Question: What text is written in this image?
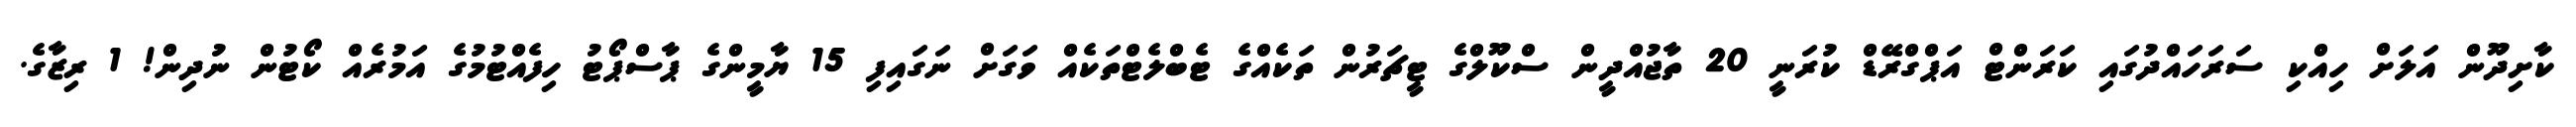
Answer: ކާށިދޫން އަލަށް ހިއްކި ސަރަހައްދުގައި ކަރަންޓް އަޕްގްރޭޑް ކުރަނީ 20 ތާޖުއްދީން ސްކޫލްގެ ޓީޗަރުން ތަކެއްގެ ޓެބްލެޓްތަކެއް ވަގަށް ނަގައިފި 15 ޔާމީންގެ ޕާސްޕޯޓު ހިފެއްޓުމުގެ އަމުރެއް ކޯޓުން ނުދިން! 1 ރިޒާގެ.